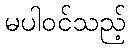
မပါဝင်သည့်